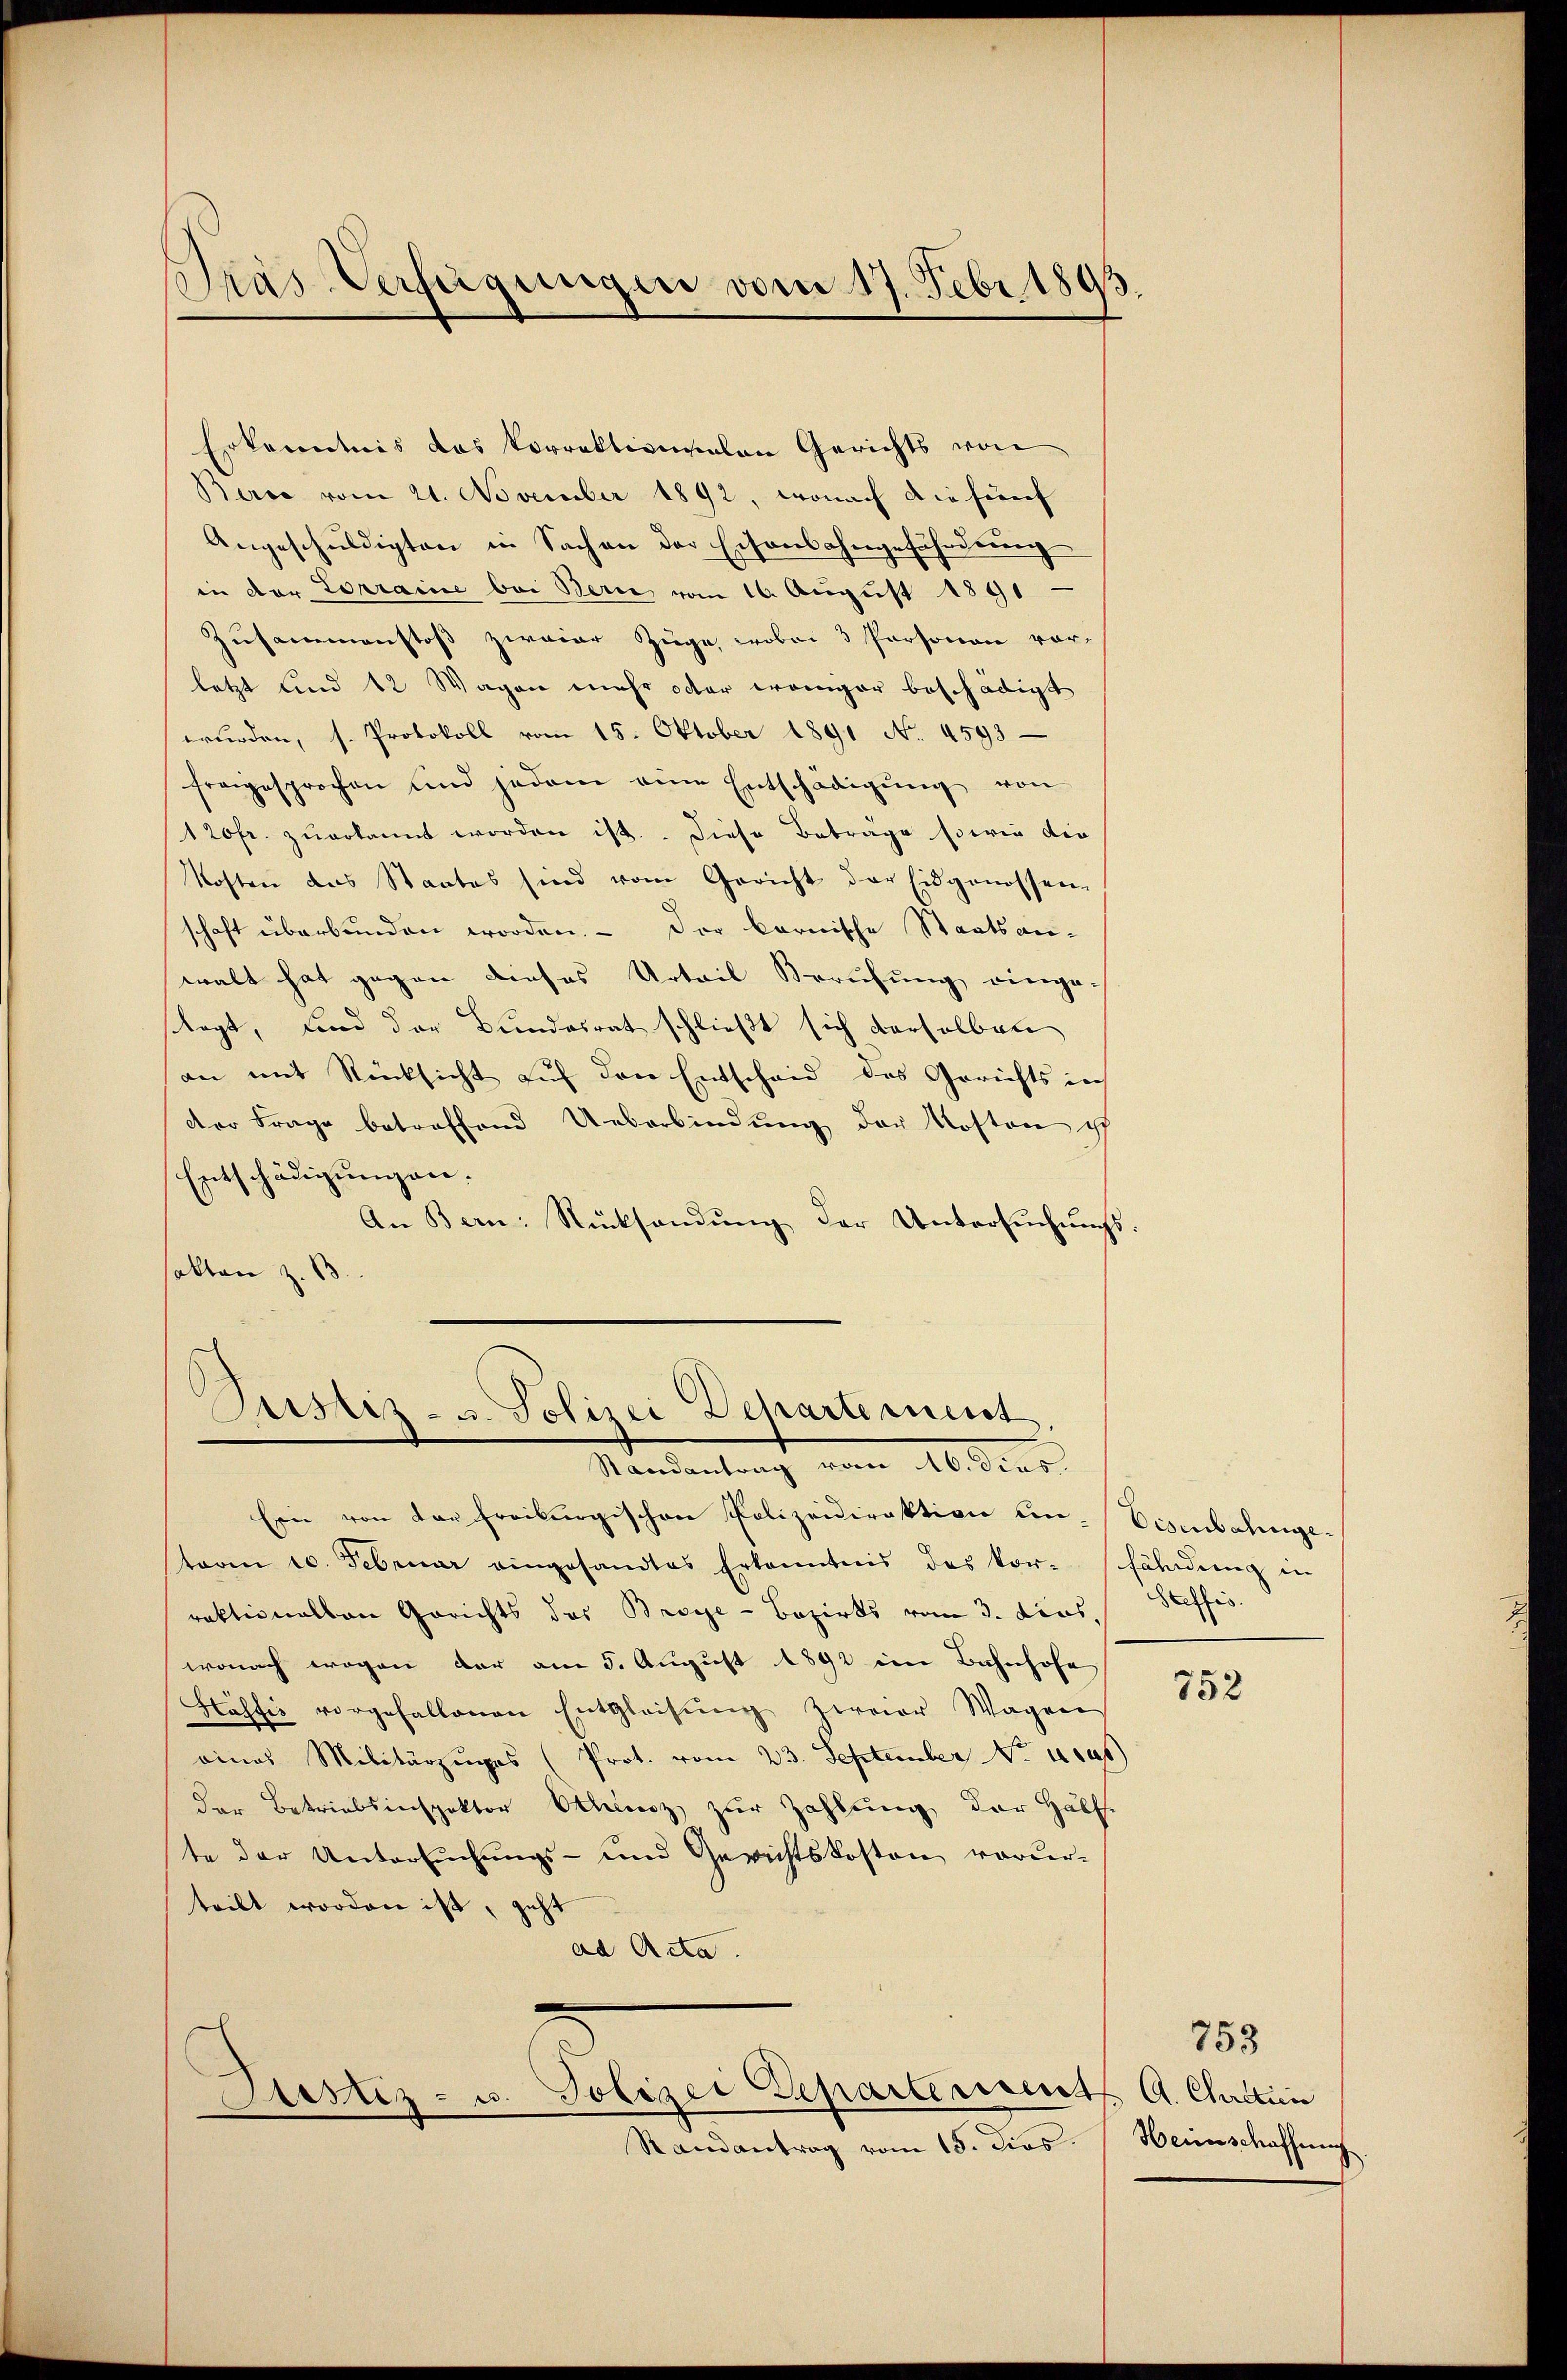
Pras Verfügungen vom 17. Febr. 189

Erkenntnis das Vorrektionalen Gerichts von
Berce vom 21. November 1892, wonach die fünf
Angeschuldigten in Sachen der Eisenbahngefährdung
in der Lorraine bei Berie vom 16. August 1891
Zusammenstoß zweier Züge, wobei 3 Personen vor-
letzt und 12 Wagen mehr oder weniger beschädigt
wurden, s. Protokoll vom 15. Oktober 1891 No. 4593
freigesprochen und jedem eine Entschädigŭng von
120fr. zuerkannt worden ist. Diese Beträge sowie die
Kosten das Staates sind vom Gericht der Eidgenossen-
schaft überbunden worden. - Der Barnische Staatsan-
walt hat gegen dieses Urteil Berufung einge-
stagt, und der Bundesrat schließt sich derselben
an mit Rücksicht auf den Entscheid des Gerichts in
der Frage betreffend Ueberbindŭng der Kosten ist
Entschädigungen.
An Bern: Rücksendung der Untersuchungs
sakten z. B

Justiz- u. Polizei Departement,
Standentrag vom 10. Der

Ein von der Freiburgischen Polizeidirektion un-Eisenbahngeterm 20. Februar eingesandtes Erkenntnis des kor-Fährung in
raktionallen Gerichts das Broye-Bezirks vom 3. Auswonach wegen der am 5. August 1892 im Bahnhofe
Häsfis vorgehaltenen Entgleichung zweier Wagen
eines Militärzŭges (Prot. vom 23. September No 1045)
der Betriebsinspektor Ottenz zur Zahlung der Hälf
te der Untersuchungs- und Gerichtskosten vorder-
teilt worden ist, geht
ad Acta.

Bestiz- u. Polizei Departement

Randantrag vom 15. Dies

Seefis

752

753
A. Charitien
Herrschaffnung